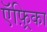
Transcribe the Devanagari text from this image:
ऍफ़्रिका